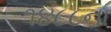
૧૪૮૮ના